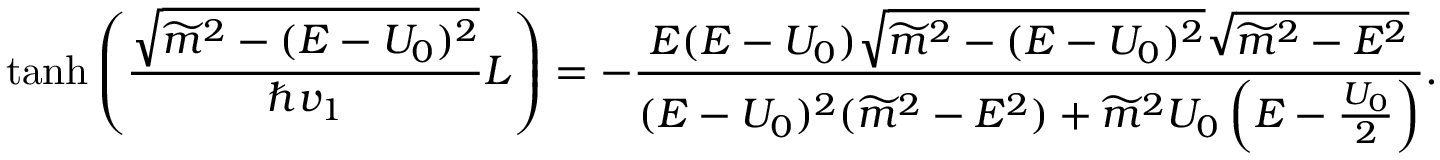
\operatorname { t a n h } \left( \frac { \sqrt { \widetilde { m } ^ { 2 } - ( E - U _ { 0 } ) ^ { 2 } } } { \hbar v _ { 1 } } L \right) = - \frac { E ( E - U _ { 0 } ) \sqrt { \widetilde { m } ^ { 2 } - ( E - U _ { 0 } ) ^ { 2 } } \sqrt { \widetilde { m } ^ { 2 } - E ^ { 2 } } } { ( E - U _ { 0 } ) ^ { 2 } ( \widetilde { m } ^ { 2 } - E ^ { 2 } ) + \widetilde { m } ^ { 2 } U _ { 0 } \left( E - \frac { U _ { 0 } } { 2 } \right) } .